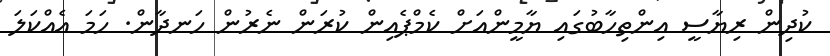
ކުދިން ރިޔާސީ އިންތިހާބުގައި ޔާމީންއަށް ކެމްޕެއިން ކުރަން ނެރުން ހަނދާން. ހަމަ އެއްކަލަ